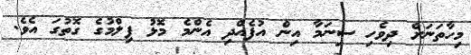
މިހާތަނަށް ދިވެހި ސިނަމާ އިން އުފެއްދި އެންމެ މޮޅު ފިލްމުގެ ގޮތުގަ އެވެ.